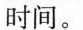
时间。